Lunatic asylums Central Provinces reports 1886-1894 - 1886-1894
Year: 1886
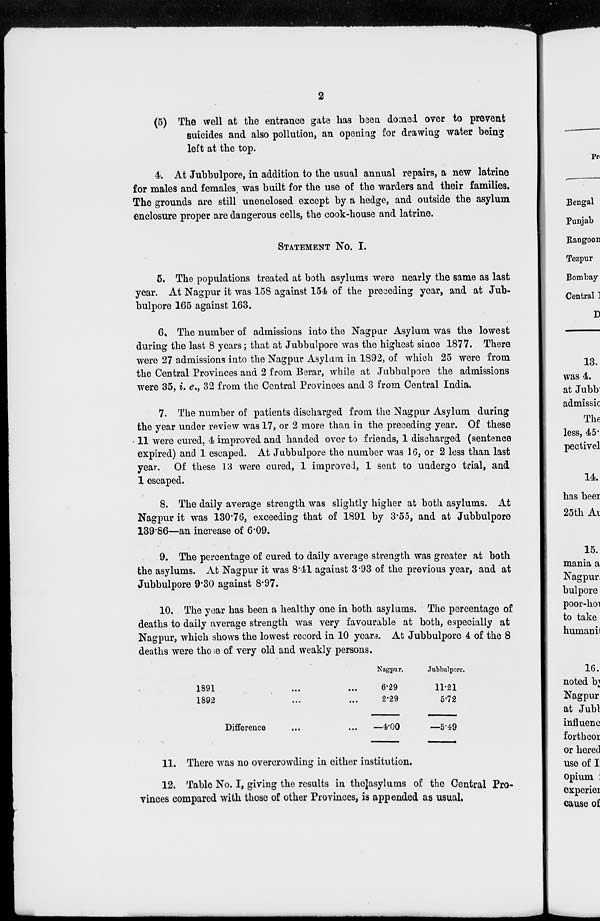
2
(5) The well at the entrance gate has been domed over to prevent
suicides and also pollution, an opening for drawing water being
left at the top.
4. At Jubbulpore, in addition to the usual annual repairs, a new latrine
for males and females was built for the use of the warders and their families.
The grounds are still unenclosed except by a hedge, and outside the asylum
enclosure proper are dangerous cells, the cook-house and latrine.
STATEMENT NO. I.
5. The populations treated at both asylums were nearly the same as last
year. At Nagpur it was 158 against 154 of the preceding year, and at Jub-
bulpore 165 against 163.
6. The number of admissions into the Nagpur Asylum was the lowest
during the last 8 years; that at Jubbulpore was the highest since 1877. There
were 27 admissions into the Nagpur Asylum in 1892, of which 25 were from
the Central Provinces and 2 from Berar, while at Jubbulpore the admissions
were 35, i. e., 32 from the Central Provinces and 3 from Central India.
7. The number of patients discharged from the Nagpur Asylum during
the year under review was 17, or 2 more than in the preceding year. Of these
11 were cured, 4 improved and handed over to friends, 1 discharged (sentence
expired) and 1 escaped. At Jubbulpore the number was 16, or 2 less than last
year. Of these 13 were cured, 1 improved, 1 sent to undergo trial, and
1 escaped.
8. The daily average strength was slightly higher at both asylums. At
Nagpur it was 130.76, exceeding that of 1891 by 3.55, and at Jubbulpore
139.86—an increase of 6.09.
9. The percentage of cured to daily average strength was greater at both
the asylums. At Nagpur it was 8.41 against 3.93 of the previous year, and at
Jubbulpore 9.30 against 8.97.
10. The year has been a healthy one in both asylums. The percentage of
deaths to daily average strength was very favourable at both, especially at
Nagpur, which shows the lowest record in 10 years. At Jubbulpore 4 of the 8
deaths were those of very old and weakly persons.
1891
...
...
1892
...
...
Difference
Nagpur.
6.29
2.29
—4.00
Jubbulpore.
11.21
5.72
—5.49
11. There was no overcrowding in either institution.
12. Table No. I, giving the results in the asylums of the Central Pro-
vinces compared with those of other Provinces, is appended as usual.